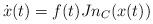
LaTeX: \begin{align*}\dot{x}(t) = f(t) J n_{C}(x(t))\end{align*}